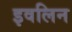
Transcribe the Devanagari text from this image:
इवलिन